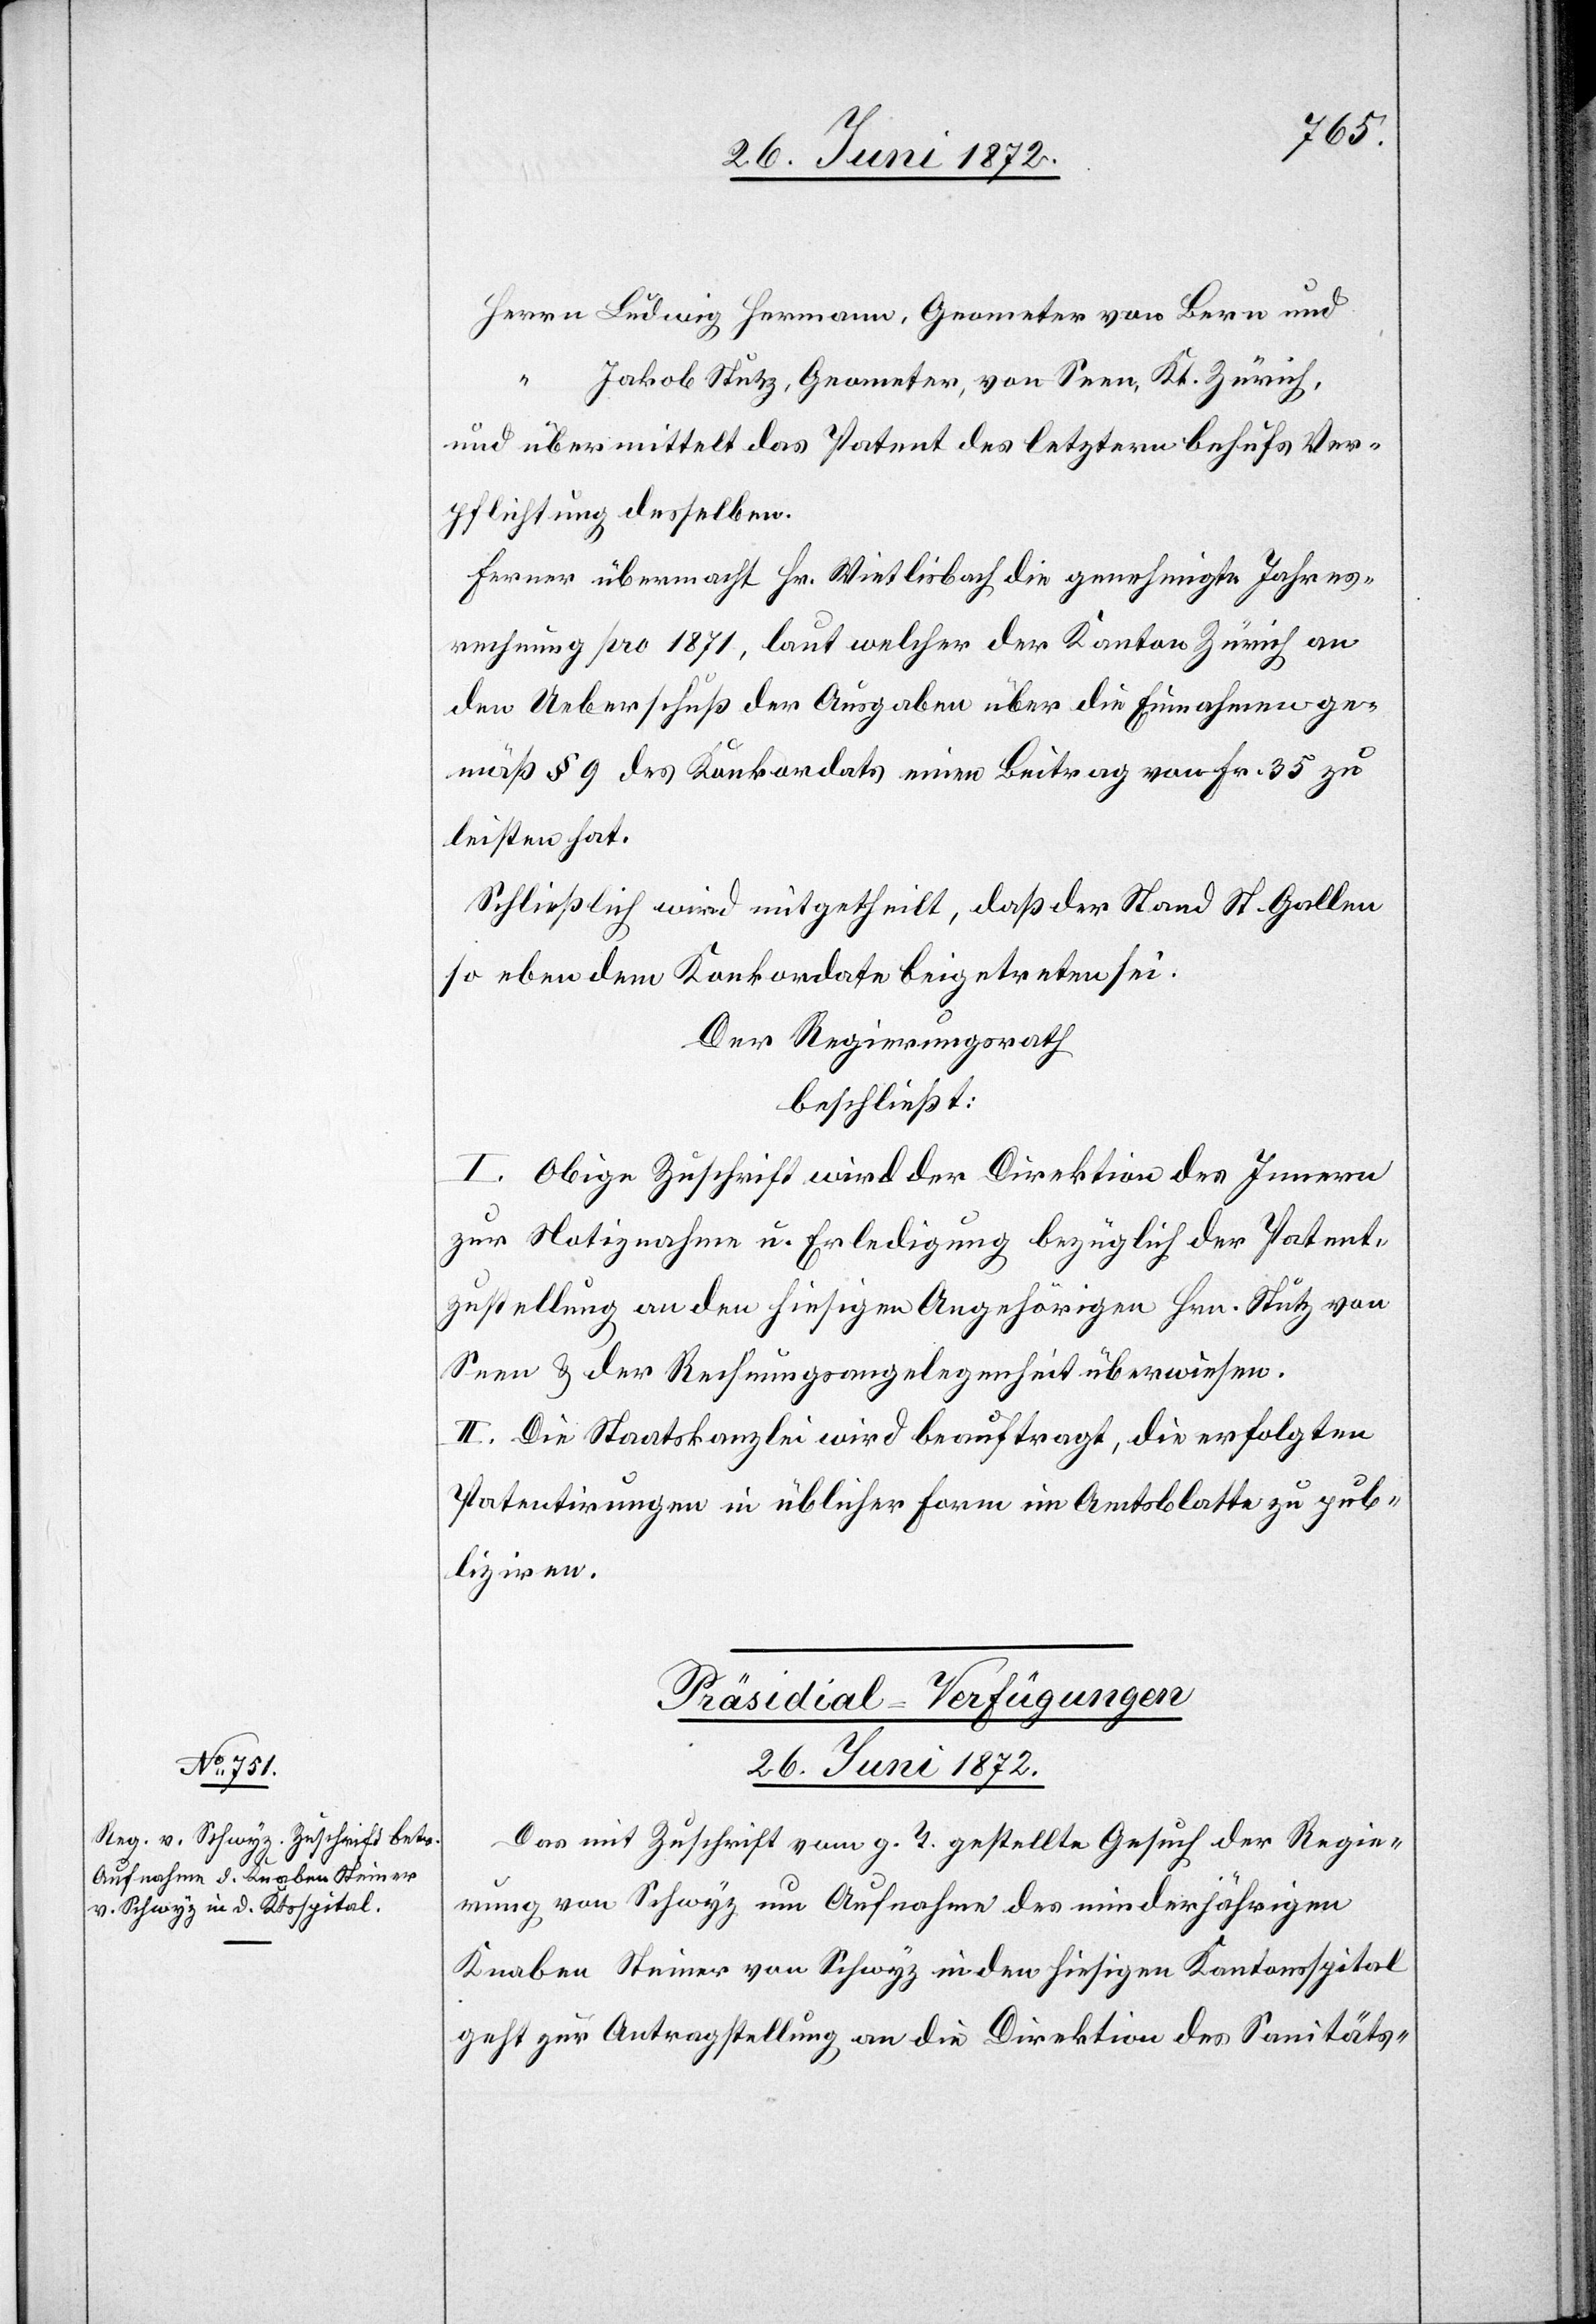
26. Juni 1872.
Ludwig Hermann, Geometer von Bern und
Herrn
Jakob Stutz, Geometer, von Seen, Kt. Zürich,
Ferner übermacht Hr. Wietlisbach die genehmigte Jahres¬
rechnung pro 1871, laut welcher der Kanton Zürich an
den Ueberschuß der Ausgaben über die Einnahmen ge¬
mäß § 9 des Konkordats einen Beitrag von Fr. 35 zu
leisten hat.
Schließlich wird mitgetheilt, daß der Stand St. Gallen
so eben dem Konkordate beigetreten sei.
Der Regierungsrath
beschließt:
I. Obige Zuschrift wird der Direktion des Innern
zur Notiznahme u. Erledigung bezüglich der Patent¬
zustellung an den hiesigen Angehörigen Hrn. Stütz von
Seen u. der Rechnungsangelegenheit überwiesen.
II. Die Staatskanzlei wird beauftragt, die erfolgten
Patentirungen in üblicher Form im Amtsblatte zu pub¬
liziren.
Präsidial-Verfügungen
Das mit Zuschrift vom g. T. gestellte Gesuch der Regie¬
rung von Schwyz um Aufnahme des minderjährigen
Knaben Steiner von Schwyz in den hiesigen Kantonsspital
geht zur Antragstellung an die Direktion des Sanitäts-